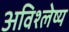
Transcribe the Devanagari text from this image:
अविश्लेष्य